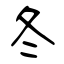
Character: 冬